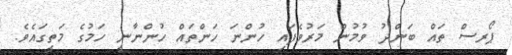
ޕޯރސް ތައް ބަންދު ވުމުން މަރުވެފައި ހުންނަ ހަންތައް ހުންނާނީ ހަމުގެ މަތީގައެވެ.